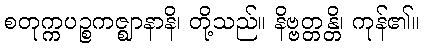
စတုက္ကပဉ္စကဇ္ဈာနာနိ၊ တို့သည်။ နိဗ္ဗတ္တန္တိ၊ ကုန်၏။